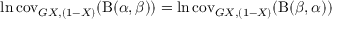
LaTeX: \ln \operatorname { c o v } _ { G X , ( 1 - X ) } ( \mathrm { B } ( \alpha , \beta ) ) = \ln \operatorname { c o v } _ { G X , ( 1 - X ) } ( \mathrm { B } ( \beta , \alpha ) )